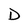
Character: D